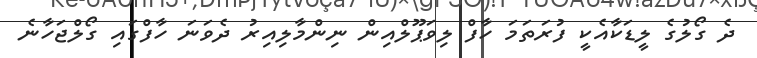
ދެ ގޯލުގެ ލީޑަކާއެކީ ފުރަތަމަ ހާފް ލިވަޕޫލްއިން ނިންމާލިއިރު ދެވަނަ ހާފްގައި ގޯލްޖަހާނެ